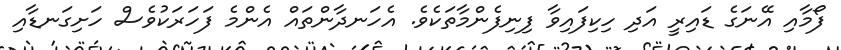
ފޯމާއި އޭނަގެ ޑައިރީ އަދި ހިކިފައިވާ ފިނިފެންމާތަކެވެ. އެހަނދާންތައް އެންމެ ފަހަރަކުވެސް ހަށިގަނޑާއި